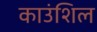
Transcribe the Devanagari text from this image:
काउंशिल